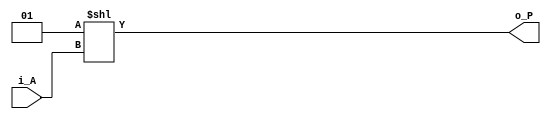

module decoder #(parameter WIDTH=4)(input [WIDTH>>2:0] i_A,
		output [WIDTH-1:0] o_P);


assign o_P = 1 << i_A;

/*
always @(*)
begin
	o_P = 1 << i_A;
end
*/
endmodule